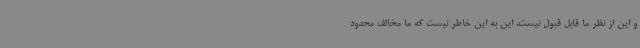
و این از نظر ما قابل قبول نیست. این به این خاطر نیست که ما مخالف محدود